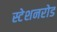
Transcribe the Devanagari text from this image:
स्टेशनरोड